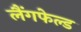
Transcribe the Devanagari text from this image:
लैंगफेल्ड